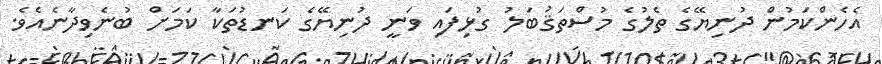
އެހެންކަމުން ދުނިޔޭގެ ތެލުގެ މުސްތަޤުބަލު ގުޅިފައި ވަނީ ދުނިޔޭގެ ކަނޑުތަކާ ކަމަށް ބުނެވިދާނެއެވެ.